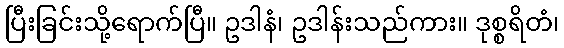
ပြီးခြင်းသို့ရောက်ပြီ။ ဥဒါနံ၊ ဥဒါန်းသည်ကား။ ဒုစ္စရိတံ၊